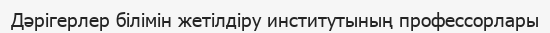
Дәрігерлер білімін жетілдіру институтының профессорлары